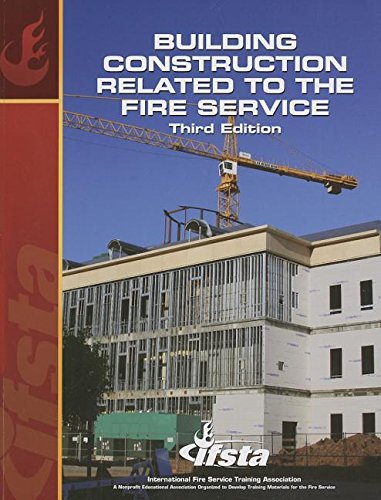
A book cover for Building Construction Related to the Fire Service; Engineering & Transportation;